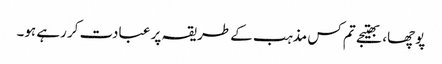
پوچھا، بھتیجے تم کس مذہب کے طریقہ پر عبادت کر رہے ہو۔